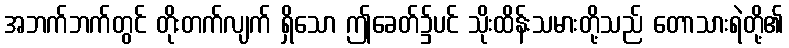
အဘက်ဘက်တွင် တိုးတက်လျက် ရှိသော ဤခေတ်၌ပင် သိုးထိန်းသမားတို့သည် တောသားရဲတို့၏